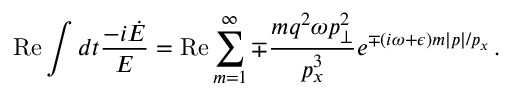
\mathrm { R e } \int d t \frac { - i \dot { E } } { E } = \mathrm { R e } \sum _ { m = 1 } ^ { \infty } \mp \frac { m q ^ { 2 } \omega p _ { \perp } ^ { 2 } } { p _ { x } ^ { 3 } } e ^ { \mp ( i \omega + \epsilon ) m | p | / p _ { x } } \, .